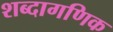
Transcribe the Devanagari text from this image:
शब्दागणिक